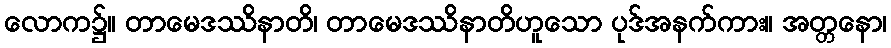
လောက၌။ တာမေဒဿိနာတိ၊ တာမေဒဿိနာတိဟူသော ပုဒ်အနက်ကား။ အတ္တနော၊